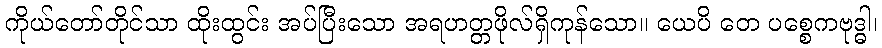
ကိုယ်တော်တိုင်သာ ထိုးထွင်း အပ်ပြီးသော အရဟတ္တဖိုလ်ရှိကုန်သော။ ယေပိ တေ ပစ္စေကဗုဒ္ဓါ၊